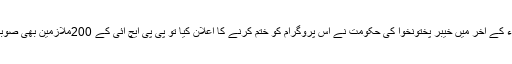
بہر حال اس منصوبے سے نہ صرف پی پی ایچ آئی نے اربوں روپے کمائے بلکہ جب 2016ء کے آخر میں خیبر پختونخوا کی حکومت نے اس پروگرام کو ختم کرنے کا اعلان کیا تو پی پی ایچ آئی کے 200ملازمین بھی صوبائی حکومت کو قبول کرنا پڑے کیونکہ پشاور ہائیکورٹ نے انہیں مستقل کرنے کا حکم دیدیا ۔